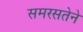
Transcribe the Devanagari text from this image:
समरसतेने